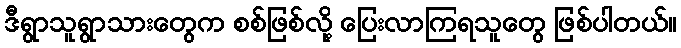
ဒီရွာသူရွာသားတွေက စစ်ဖြစ်လို့ ပြေးလာကြရသူတွေ ဖြစ်ပါတယ်။